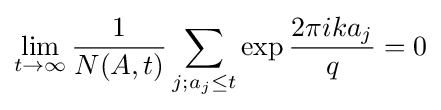
\lim _{t\to \infty }{\frac {1}{N(A,t)}}\sum _{j;a_{j}\leq t}\exp {\frac {2\pi ika_{j}}{q}}=0